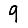
Digit: 9